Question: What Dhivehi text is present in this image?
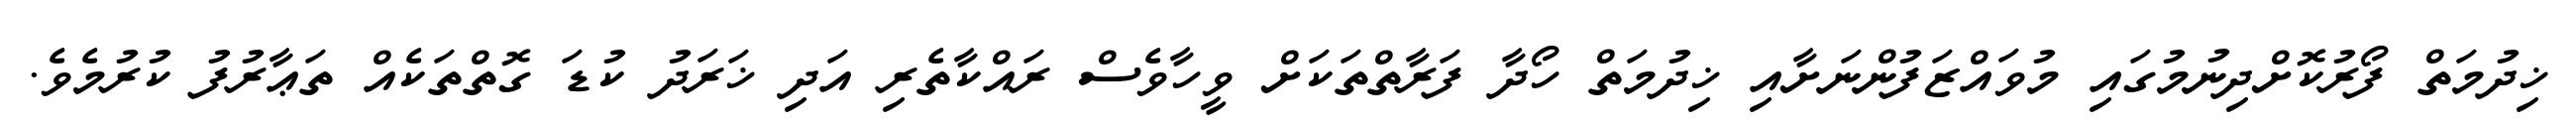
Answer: ޚިދުމަތް ފޯރުކޮށްދިނުމުގައި މުވައްޒަފުންނަށާއި ޚިދުމަތް ހޯދާ ފަރާތްތަކަށް ވީހާވެސް ރައްކާތެރި އަދި ޚަރަދު ކުޑަ ގޮތްތަކެއް ތަޢާރުފު ކުރުމެވެ.